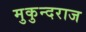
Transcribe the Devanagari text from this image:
मुकुन्दराज